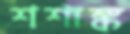
শশাঙ্ক